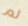
لم